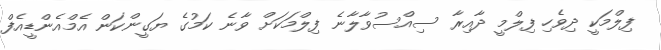
ފިލްމަކީ ދިވެހި ފިލްމީ ދާއިރާ ސިއްސުވާލާނެ ފިލްމަކަށް ވާނެ ކަމުގެ ޔަގީންކަން އެމްއެންޑީއެފް